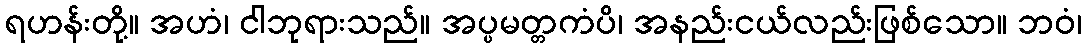
ရဟန်းတို့။ အဟံ၊ ငါဘုရားသည်။ အပ္ပမတ္တကံပိ၊ အနည်းငယ်လည်းဖြစ်သော။ ဘဝံ၊